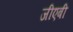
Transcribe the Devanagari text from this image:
जीएबी